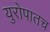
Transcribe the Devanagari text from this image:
युरोपातच